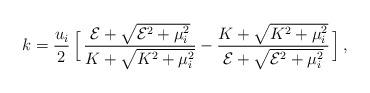
LaTeX: \begin{align*}k = {u_i \over 2} \,\Big[ \,{ {\cal E} +\sqrt{{\cal E}^2 + \mu_i^2 } \over K + \sqrt{K^2 + \mu_i^2}}- { K + \sqrt{K^2 + \mu_i^2}\over {\cal E} +\sqrt{{\cal E}^2 + \mu_i^2 }}\,\Big]\,,\end{align*}